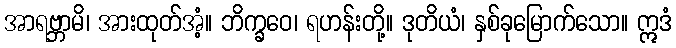
အာရဗ္ဘာမိ၊ အားထုတ်အံ့။ ဘိက္ခဝေ၊ ရဟန်းတို့။ ဒုတိယံ၊ နှစ်ခုမြောက်သော။ ဣဒံ